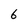
Character: 6